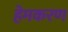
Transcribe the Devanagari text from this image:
हेमकरण